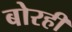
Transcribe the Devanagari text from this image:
बोरही